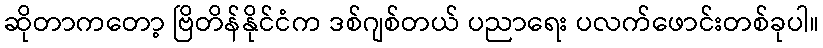
ဆိုတာကတော့ ဗြိတိန်နိုင်ငံက ဒစ်ဂျစ်တယ် ပညာရေး ပလက်ဖောင်းတစ်ခုပါ။